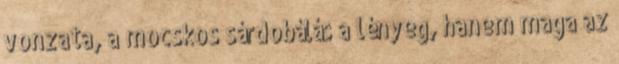
vonzata, a mocskos sárdobálás a lényeg, hanem maga az